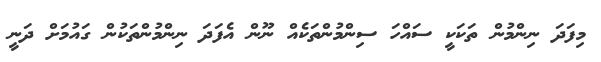
މިފަދަ ނިންމުން ތަކަކީ ސައްހަ ސިންމުންތަކެއް ނޫން އެފަދަ ނިންމުންތަކުން ގައުމަށް ދަނީ